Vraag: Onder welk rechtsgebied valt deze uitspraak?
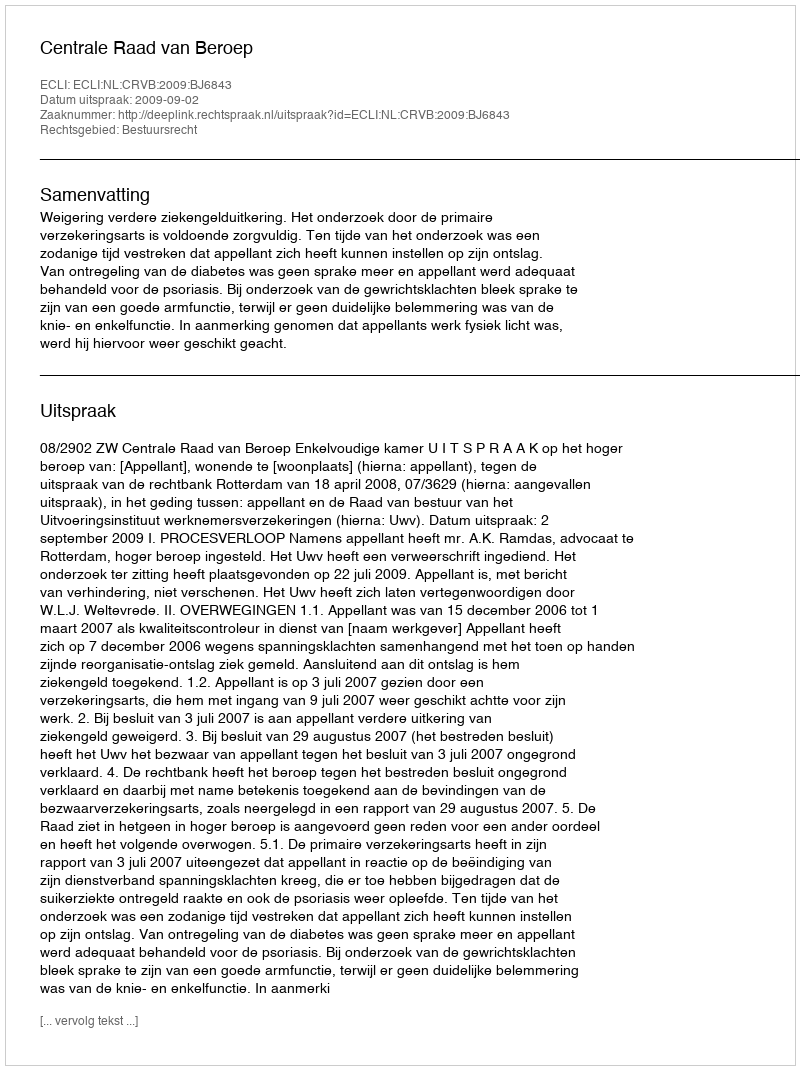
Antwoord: Bestuursrecht